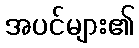
အပင်များ၏